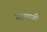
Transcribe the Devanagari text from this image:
गरमानी